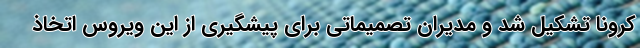
کرونا تشکیل شد و مدیران تصمیماتی برای پیشگیری از این ویروس اتخاذ